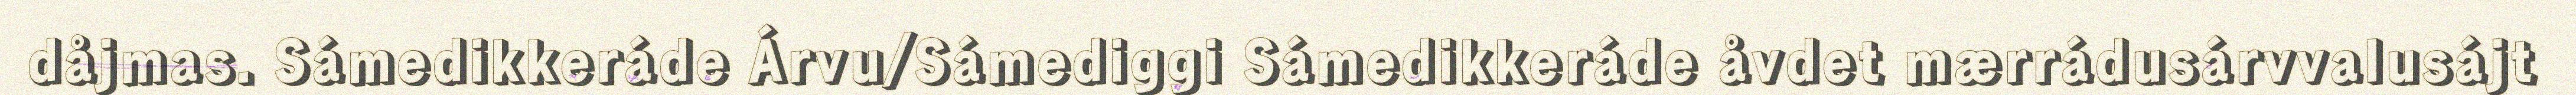
dåjmas. Sámedikkeráde Árvu/Sámediggi Sámedikkeráde åvdet mærrádusárvvalusájt